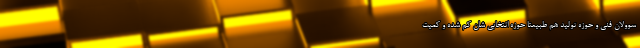
سوولان فنی و حوزه تولید هم طبیعتا حوزه انتخابی شان کم شده و کمیت